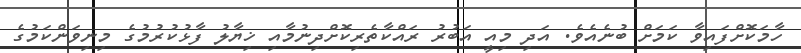
ހާމަކޮށްފައިވާ ކަމަށް ބުނެއެވެ. އަދި މިއީ އަބުރު ރައްކާތެރިކޮށްދިނުމާއި ޚިޔާލު ފާޅުކުރުމުގެ މިނިވަންކަމުގެ